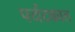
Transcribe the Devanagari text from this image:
पर्यटकात